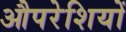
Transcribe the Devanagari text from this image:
औपरेशियों